Report on vaccination in Madras 1904-1921 - 1904-1921
Year: 1904
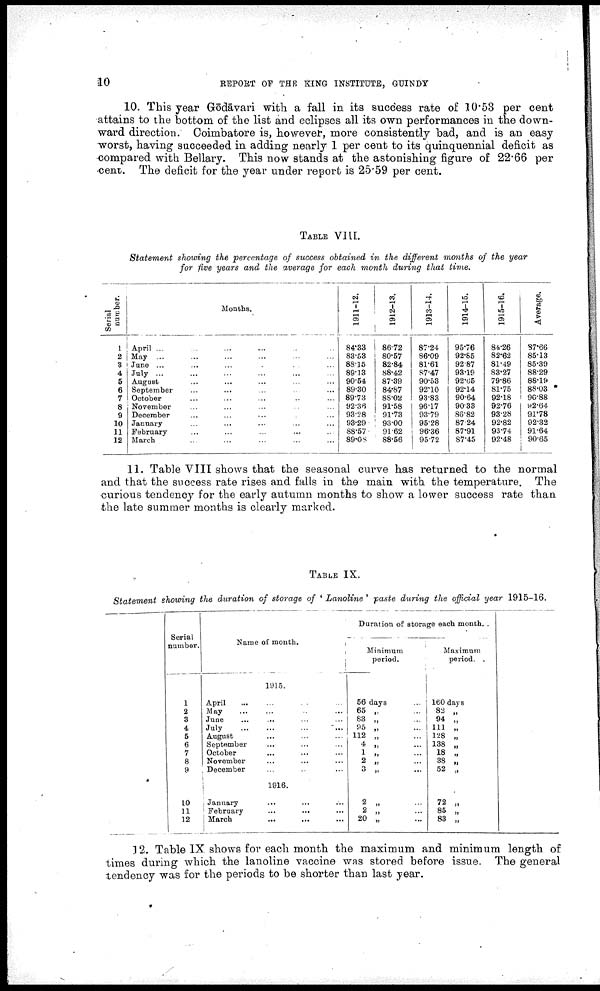
10
REPORT OF THE KING INSTITUTE, GUINDY
10. This year Gōdāvari with a fall in its success rate of 10.53 per cent
attains to the bottom of the list and eclipses all its own performances in the down
ward direction. Coimbatore is, however, more consistently bad, and is an easy
worst, having succeeded in adding nearly 1 per cent to its quinquennial deficit as
compared with Bellary. This now stands at the astonishing figure of 22.66 per
cent. The deficit for the year under report is 25.59 per cent.
TABLE VIII.
Statement showing the percentage of success obtained in the different months of the year
for five years and the average for each month during that time.
Serial
number.
1
2
3
4
5
6
7
8
9
10
11
12
Months.
April ... ... ... ... ...
May ... ... ... ... ...
June ... ... ... ... ...
July ... ... ... ... ...
August ... ... ... ... ...
September ... ... ... ...
October ... ... ... ... ...
November ... ... ... ... ...
December ... ... ... ... ...
January ... ... ... ... ...
February ... ... ... ... ...
March ... ... ... ... ...
1911-12.
84.33
83.58
88.15
89.13
90.54
89.30
89.73
92.36
93.28
93.29
88.57
89.08
1912-13.
86.72
80.57
82.84
88.42
87.39
84.87
88.02
91.58
91.73
93.00
91.62
88.56
1913-14.
87.24
86.09
81.61
87.47
90.53
92.10
93.83
96.17
93.79
95.28
96.36
95.72
1914-15.
95.76
92.85
92.87
93.19
92.65
92.14
90.64
90.33
86.82
87.24
87.91
87.45
1915-16.
84.26
82.62
81.49
83.27
79.86
81.75
92.18
92.76
93.28
92.82
93.74
92.48
Average.
87.66
85.13
85.39
88.29
88.19
88.03
90.88
92.64
91.78
92.32
91.64
90.65
11. Table VIII shows that the seasonal curve has returned to the normal
and that the success rate rises and falls in the main with the temperature. The
curious tendency for the early autumn months to show a lower success rate than
the late summer months is clearly marked.
TABLE IX.
Statement showing the duration of storage of ' Lanoline ' paste during the official year 1915-16.
Serial
number.
1
2
3
4
5
6
7
8
9
10
11
12
Name of month.
1915.
April ... ... ... ...
May ... ... ... ...
June ... ... ... ...
July
...
...
...
...
August ... ... ... ...
September ... ... ...
October ... ... ...
November ... ... ...
December ... ... ...
1916.
January
... ... ...
February
...
...
...
March ... ... ...
Duration of storage each month.
Minimum
period.
56 days ...
65 „ ...
83 „ ...
95 „ ...
112 „ ...
4 „ ...
1 „ ...
2 „ ...
3 „ ...
2 „ ...
2 „ ...
20 „ ...
Maximum
period.
160 days
82 „
94 „
111 „
128 „
138 „
18 „
38 „
52 „
72 „
85 „
83 „
12. Table IX shows for each month the maximum and minimum length of
times during which the lanoline vaccine was stored before issue. The general
tendency was for the periods to be shorter than last year.